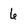
Character: 6